Plague in India, 1896, 1897 - Volume 1
Year: 1896
Disease focus: Plague
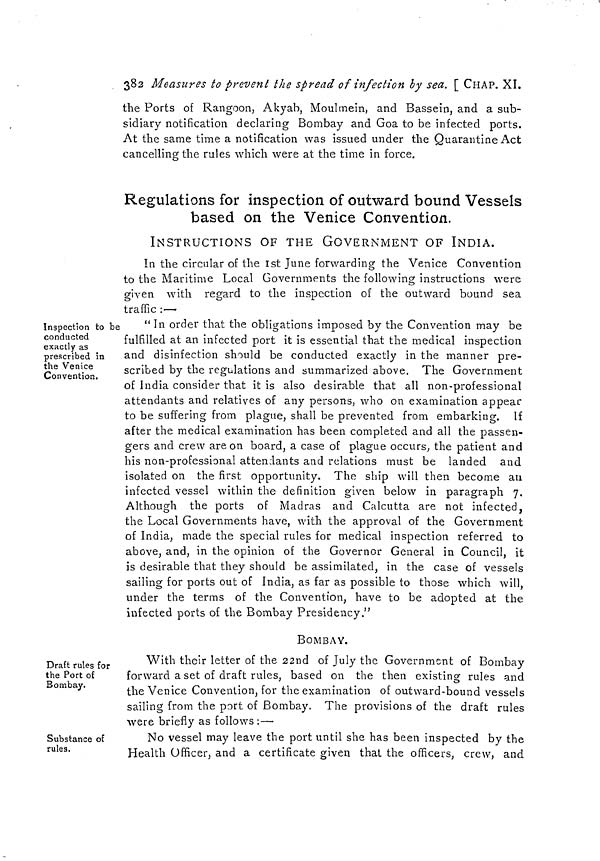
383 Measures to prevent the spread of infection by sea. [ CHAP. XI.
the Ports of Rangoon, Akyab, Moulmein, and Bassein, and a sub-
sidiary notification declaring Bombay and Goa to be infected ports.
At the same time a notification was issued under the Quarantine Act
cancelling the rules which were at the time in force.
Regulations for inspection of outward bound Vessels
based on the Venice Convention.
INSTRUCTIONS OF THE GOVERNMENT OF INDIA.
In the circular of the 1st June forwarding the Venice Convention
to the Maritime Local Governments the following instructions were
given with regard to the inspection of the outward bound sea
traffic :—
Inspection to be
conducted
exactly as
prescribed in
the Venice
Convention.
" In order that the obligations imposed by the Convention may be
fulfilled at an infected port it is essential that the medical inspection
and disinfection should be conducted exactly in the manner pre-
scribed by the regulations and summarized above. The Government
of India consider that it is also desirable that all non-professional
attendants and relatives of any persons, who on examination appear
to be suffering from plague, shall be prevented from embarking. If
after the medical examination has been completed and all the passen-
gers and crew are on board, a case of plague occurs, the patient and
his non-professional attendants and relations must be landed and
isolated on the first opportunity. The ship will then become an
infected vessel within the definition given below in paragraph 7.
Although the ports of Madras and Calcutta are not infected,
the Local Governments have, with the approval of the Government
of India, made the special rules for medical inspection referred to
above, and, in the opinion of the Governor General in Council, it
is desirable that they should be assimilated, in the case of vessels
sailing for ports out of India, as far as possible to those which will,
under the terms of the Convention, have to be adopted at the
infected ports of the Bombay Presidency."
BOMBAY.
Draft rules for
the Port of
Bombay.
With their letter of the 22nd of July the Government of Bombay
forward a set of draft rules, based on the then existing rules and
the Venice Convention, for the examination of outward-bound vessels
sailing from the port of Bombay. The provisions of the draft rules
were briefly as follows :—
Substance of
rules.
No vessel may leave the port until she has been inspected by the
Health Officer, and a certificate given that the officers, crew, and